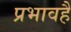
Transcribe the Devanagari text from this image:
प्रभावहैं